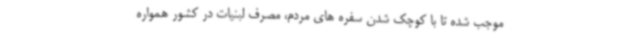
موجب شده تا با کوچک شدن سفره های مردم، مصرف لبنیات در کشور همواره